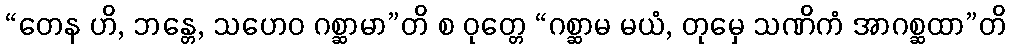
“တေန ဟိ, ဘန္တေ, သဟေဝ ဂစ္ဆာမာ”တိ စ ဝုတ္တေ “ဂစ္ဆာမ မယံ, တုမှေ သဏိကံ အာဂစ္ဆထာ”တိ